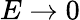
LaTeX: E\to 0